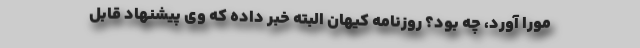
مورا آورد، چه بود؟ روزنامه کیهان البته خبر داده که وی پیشنهاد قابل